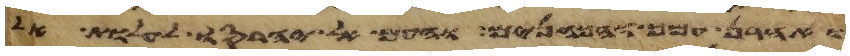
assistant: ואהרן עמך והכהנים והעם אל יחרסו לעלות אל